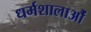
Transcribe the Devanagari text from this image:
धर्मशालाऔं